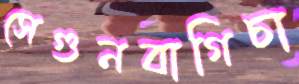
সেগুনবাগিচা